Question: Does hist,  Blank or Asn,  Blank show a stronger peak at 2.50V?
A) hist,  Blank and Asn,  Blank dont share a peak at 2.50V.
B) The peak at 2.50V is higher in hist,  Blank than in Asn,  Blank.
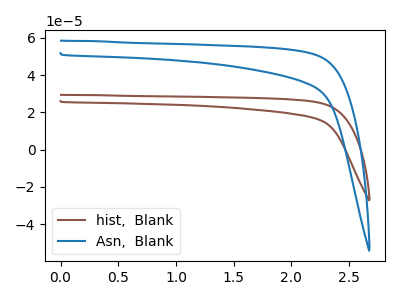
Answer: <think>The brown curve "hist,  Blank" has no peaks. The blue curve "Asn,  Blank" has no peaks.</think>
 <answer>A) "hist,  Blank" and "Asn,  Blank" dont share a peak at 2.50V.</answer>
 <eval>A</eval>